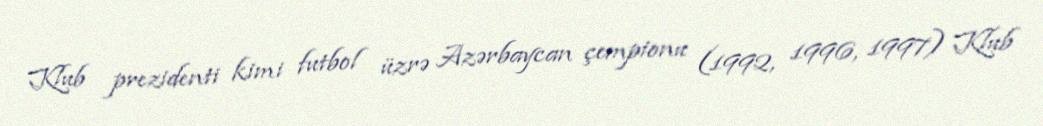
Klub prezidenti kimi futbol üzrə Azərbaycan çempionu (1992, 1996, 1997) Klub